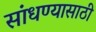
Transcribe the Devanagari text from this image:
सांधण्यासाठी